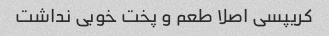
کریپسی اصلا طعم و پخت خوبی نداشت